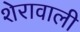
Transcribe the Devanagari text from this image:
शेरावाली